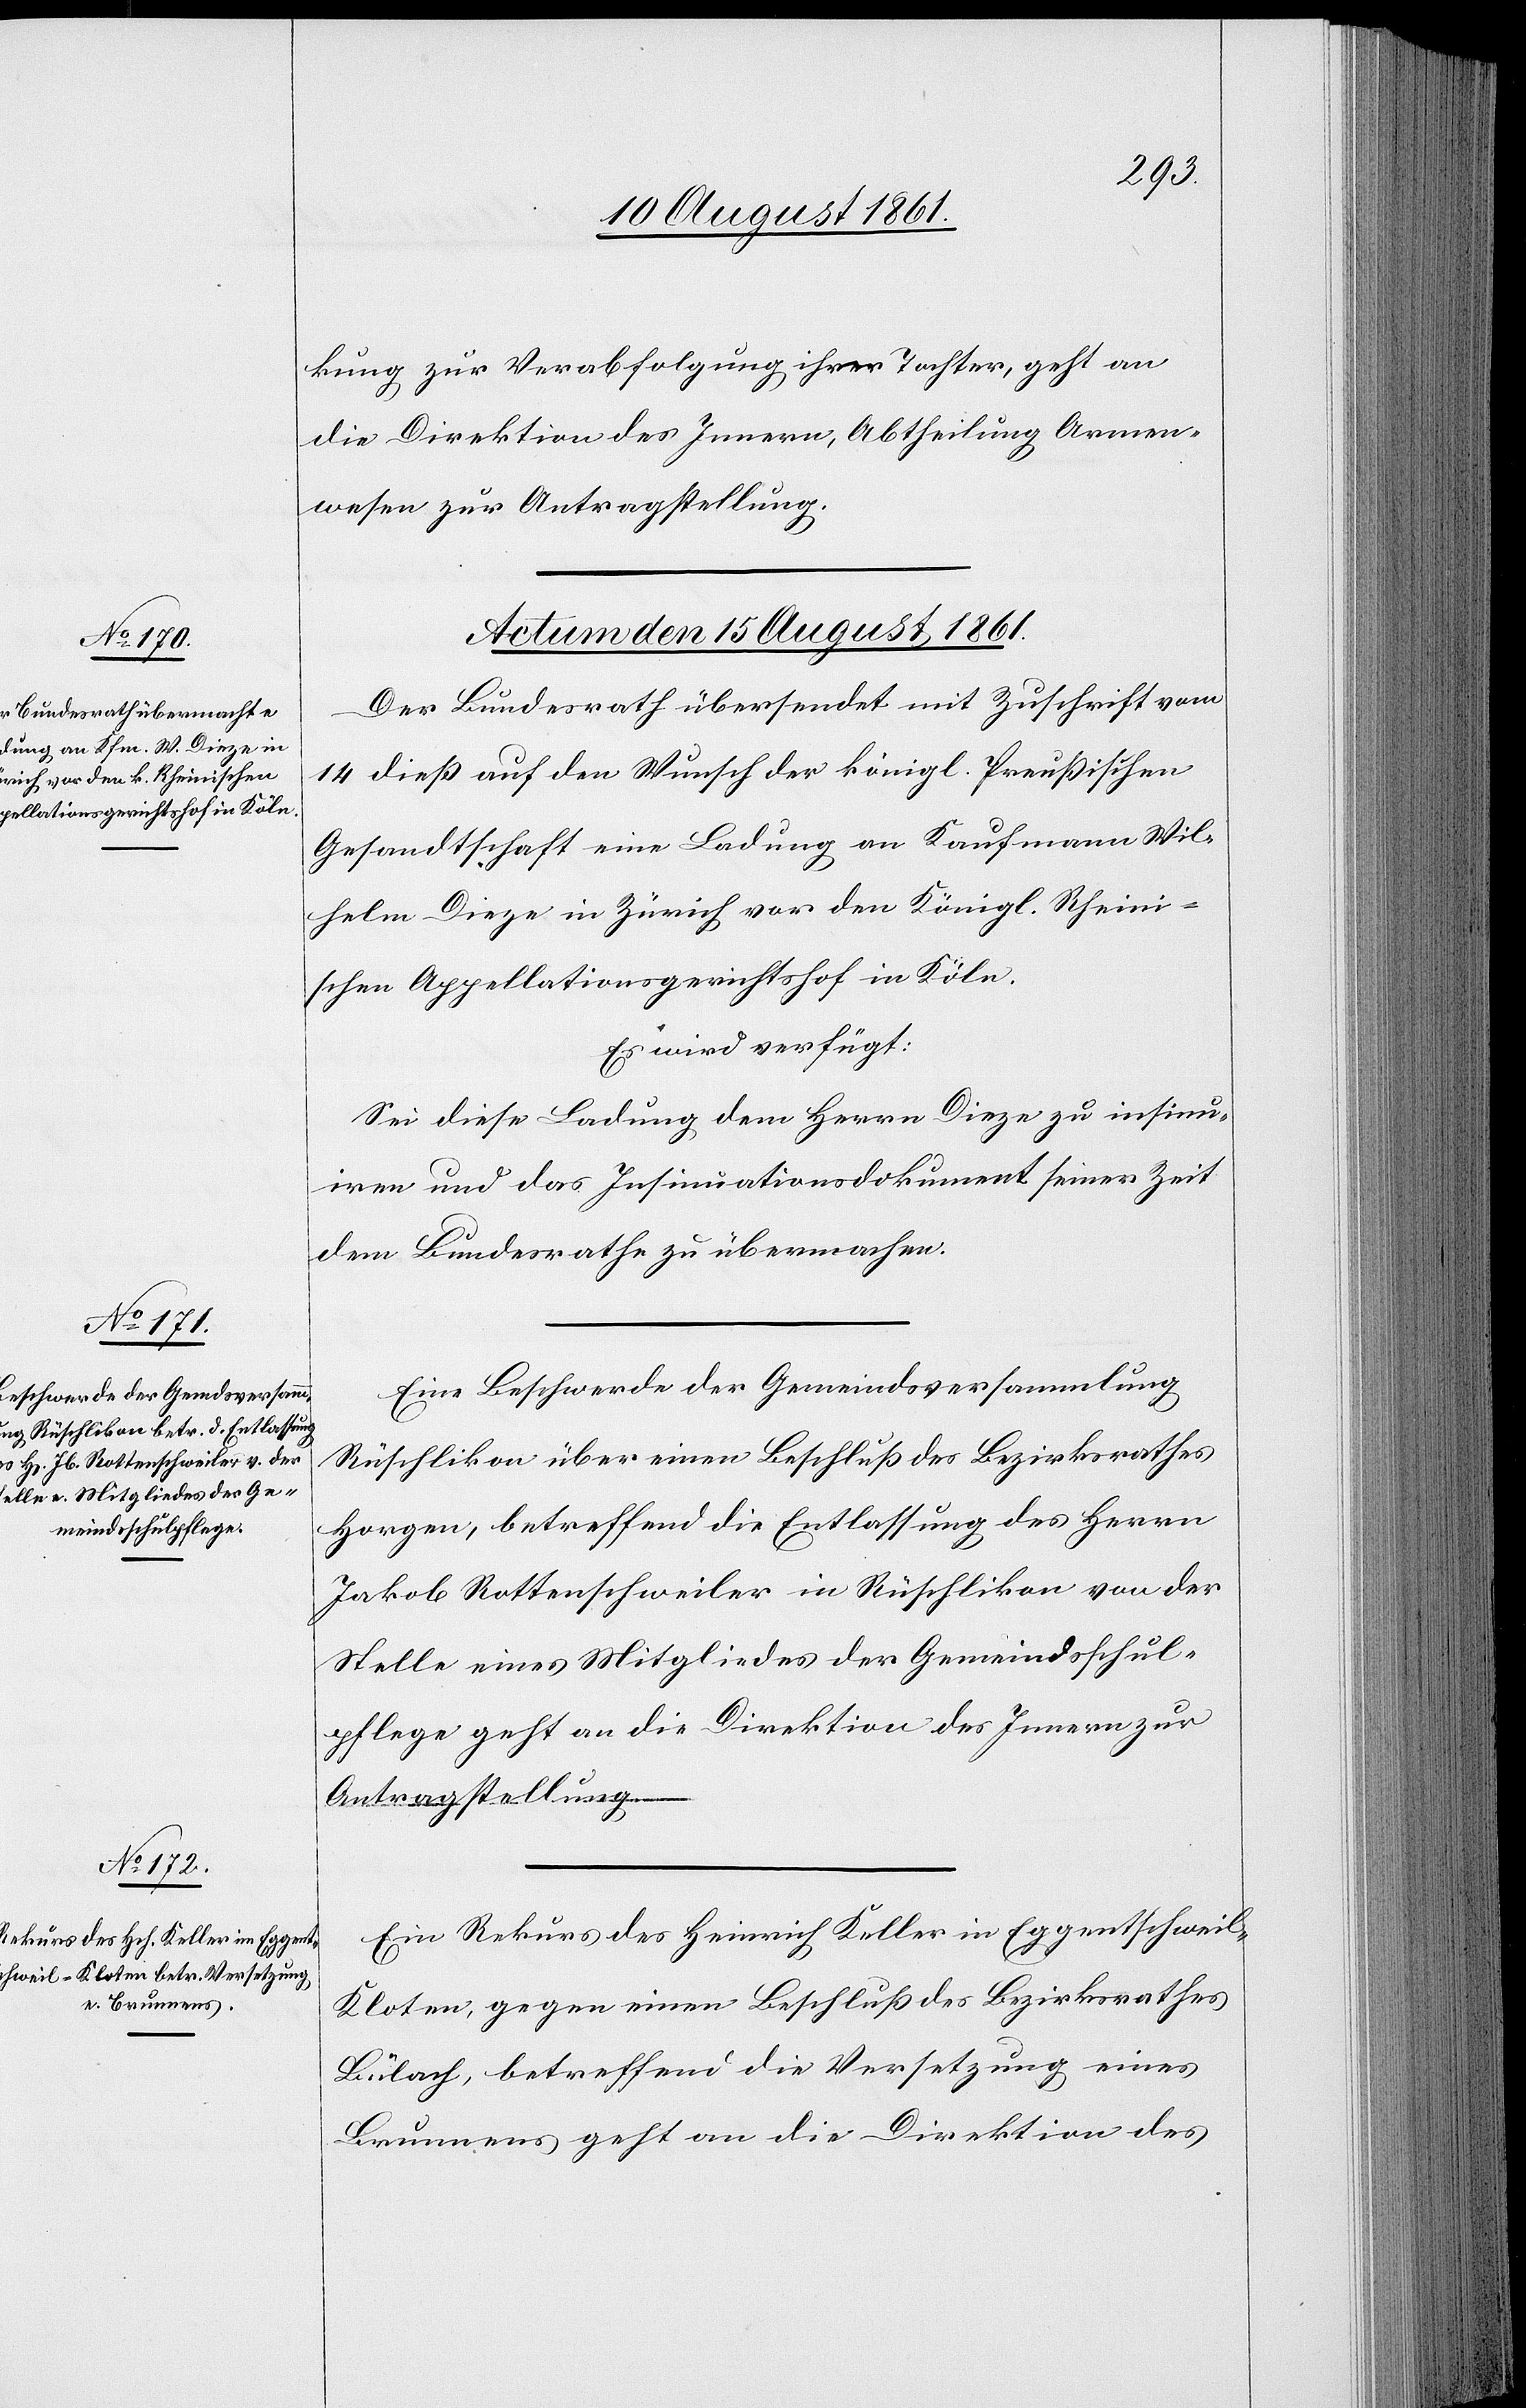
kung zur Verabfolgung ihrer Tochter, geht an
die Direktion des Innern, Abtheilung Armen¬
wesen zur Antragstellung.
Actum den 15 August 1861.]
Der Bundesrath übersendet mit Zuschrift vom
14 dieß auf den Wunsch der königl. Preußischen
Gesandtschaft eine Ladung an Kaufmann Wil¬
helm Dieze in Zürich vor den Königl. Rheini¬
schen Appellationsgerichtshof in Köln.
Es wird verfügt:
Sei diese Ladung dem Herrn Dieze zu insinu¬
iren und das Insinuationsdokument seiner Zeit
dem Bundesrathe zu übermachen.
Eine Beschwerde der Gemeindsversammlung
Rüschlikon über einen Beschluß des Bezirksrathes
Horgen, betreffend die Entlassung des Herrn
Jakob Rottenschweiler in Rüschlikon von der
Stelle eines Mitgliedes der Gemeindsschul¬
pflege geht an die Direktion des Innern zur
Antragstellung.
Ein Rekurs des Heinrich Keller in Eggentschwei¬
l-Kloten, gegen einen Beschluß des Bezirksrathes
Bülach, betreffend die Versetzung eines
Brunnens geht an die Direktion des